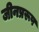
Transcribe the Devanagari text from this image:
जीनप्ररूप